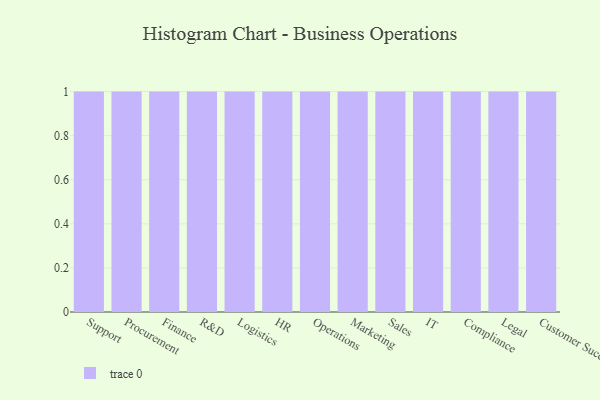
{"axis": {"x": "Department", "y": "Population (Million)"}, "legend": [""], "data": [{"x": "Support", "y": 82, "type": ""}, {"x": "Procurement", "y": 97, "type": ""}, {"x": "Finance", "y": 12, "type": ""}, {"x": "R&D", "y": 33, "type": ""}, {"x": "Logistics", "y": 98, "type": ""}, {"x": "HR", "y": 15, "type": ""}, {"x": "Operations", "y": 68, "type": ""}, {"x": "Marketing", "y": 48, "type": ""}, {"x": "Sales", "y": 6, "type": ""}, {"x": "IT", "y": 50, "type": ""}, {"x": "Compliance", "y": 83, "type": ""}, {"x": "Legal", "y": 14, "type": ""}, {"x": "Customer Success", "y": 60, "type": ""}]}